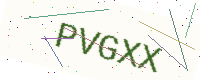
Text: PVGXX